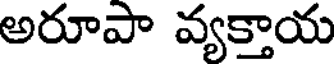
అరూపా వ్యక్తాయ